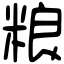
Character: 粮